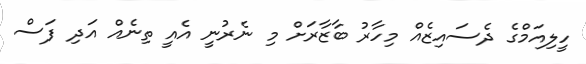
ހީލިއަމްގެ ދެސައިޒެއް މިހާރު ބާޒާރަށް މި ނެރުނީ އެއީ ތިނެއް އަދި ފަސް